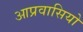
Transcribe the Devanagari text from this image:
आप्रवासियो